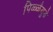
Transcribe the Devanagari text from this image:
पिळ्ळैयुडे